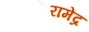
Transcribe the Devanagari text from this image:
रामेंद्र